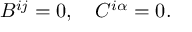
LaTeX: B ^ { i j } = 0 , \quad C ^ { i \alpha } = 0 .